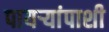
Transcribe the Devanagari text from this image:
पायऱ्यांपाशी